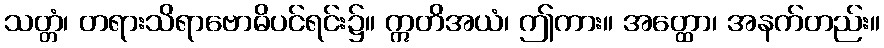
သတ္တံ၊ တရားသိရာဗောဓိပင်ရင်း၌။ ဣတိအယံ၊ ဤကား။ အတ္ထော၊ အနက်တည်း။